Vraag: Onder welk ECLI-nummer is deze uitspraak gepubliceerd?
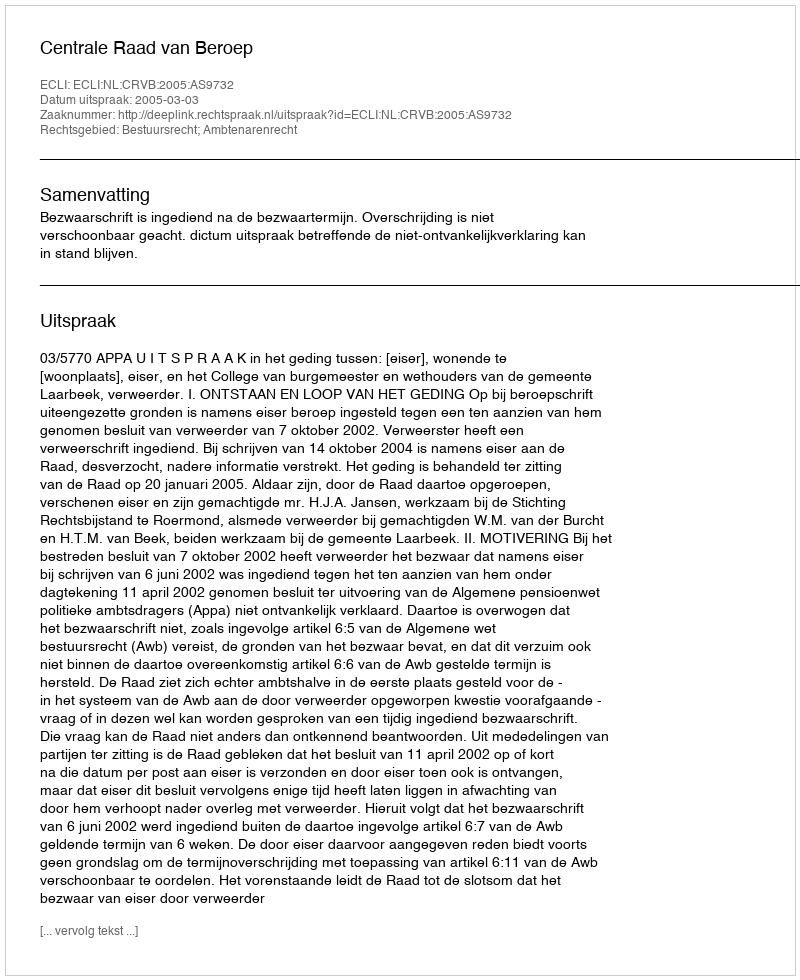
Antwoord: ECLI:NL:CRVB:2005:AS9732